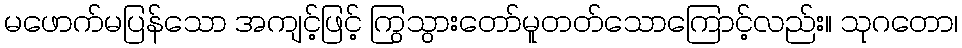
မဖောက်မပြန်သော အကျင့်ဖြင့် ကြွသွားတော်မူတတ်သောကြောင့်လည်း။ သုဂတော၊